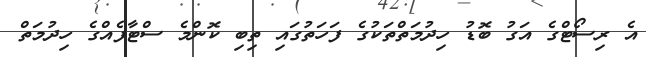
އެ ރިސޯޓްގެ އަގު ބޮޑު ހިދުމަތްތަކުގެ ފަހަތުގައި ތިބި ކޮންމެ ސްޓާފެއްގެ ހިދުމަތް